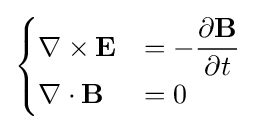
{\begin{cases}\nabla \times \mathbf {E} &=-{\dfrac {\partial \mathbf {B} }{\partial t}}\\\nabla \cdot \mathbf {B} &=0\end{cases}}